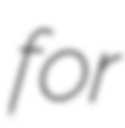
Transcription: for